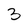
Character: 3